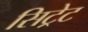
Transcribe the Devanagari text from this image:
सिट्रेट